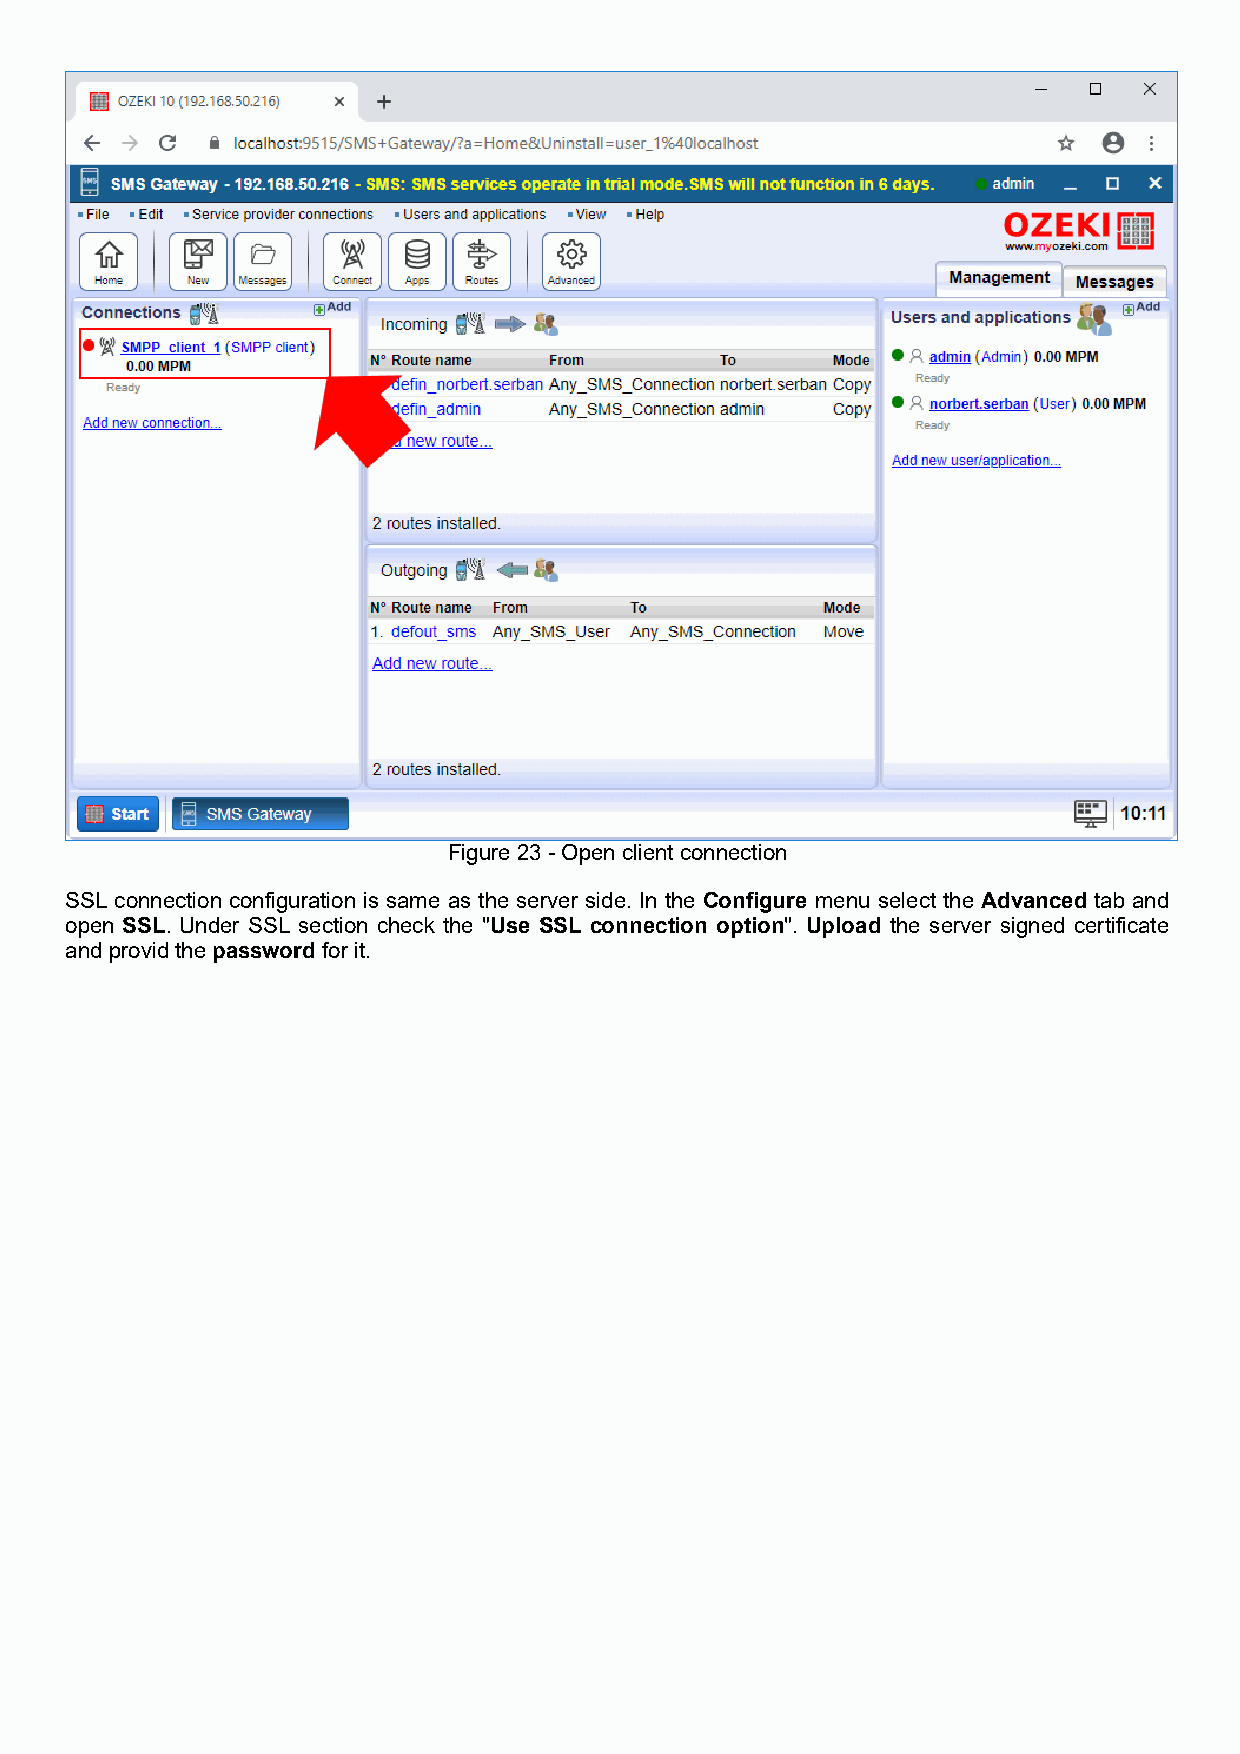
Figure 23 - Open client connection
 SSL connection configuration is same as the server side. In the Configure menu select the Advanced tab and
 open SSL. Under SSL section check the "Use SSL connection option". Upload the server signed certificate
 and provid the password for it.